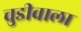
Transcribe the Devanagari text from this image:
चुडीवाला